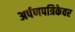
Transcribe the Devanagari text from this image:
अर्पणपत्रिकेवर